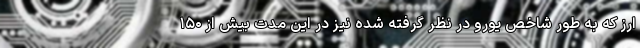
ارز که به طور شاخص یورو در نظر گرفته شده نیز در این مدت بیش از ۱۵۰